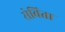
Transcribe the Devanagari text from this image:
सेविता